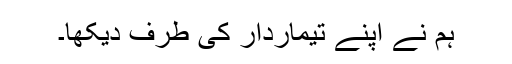
ہم نے اپنے تیماردار کی طرف دیکھا۔